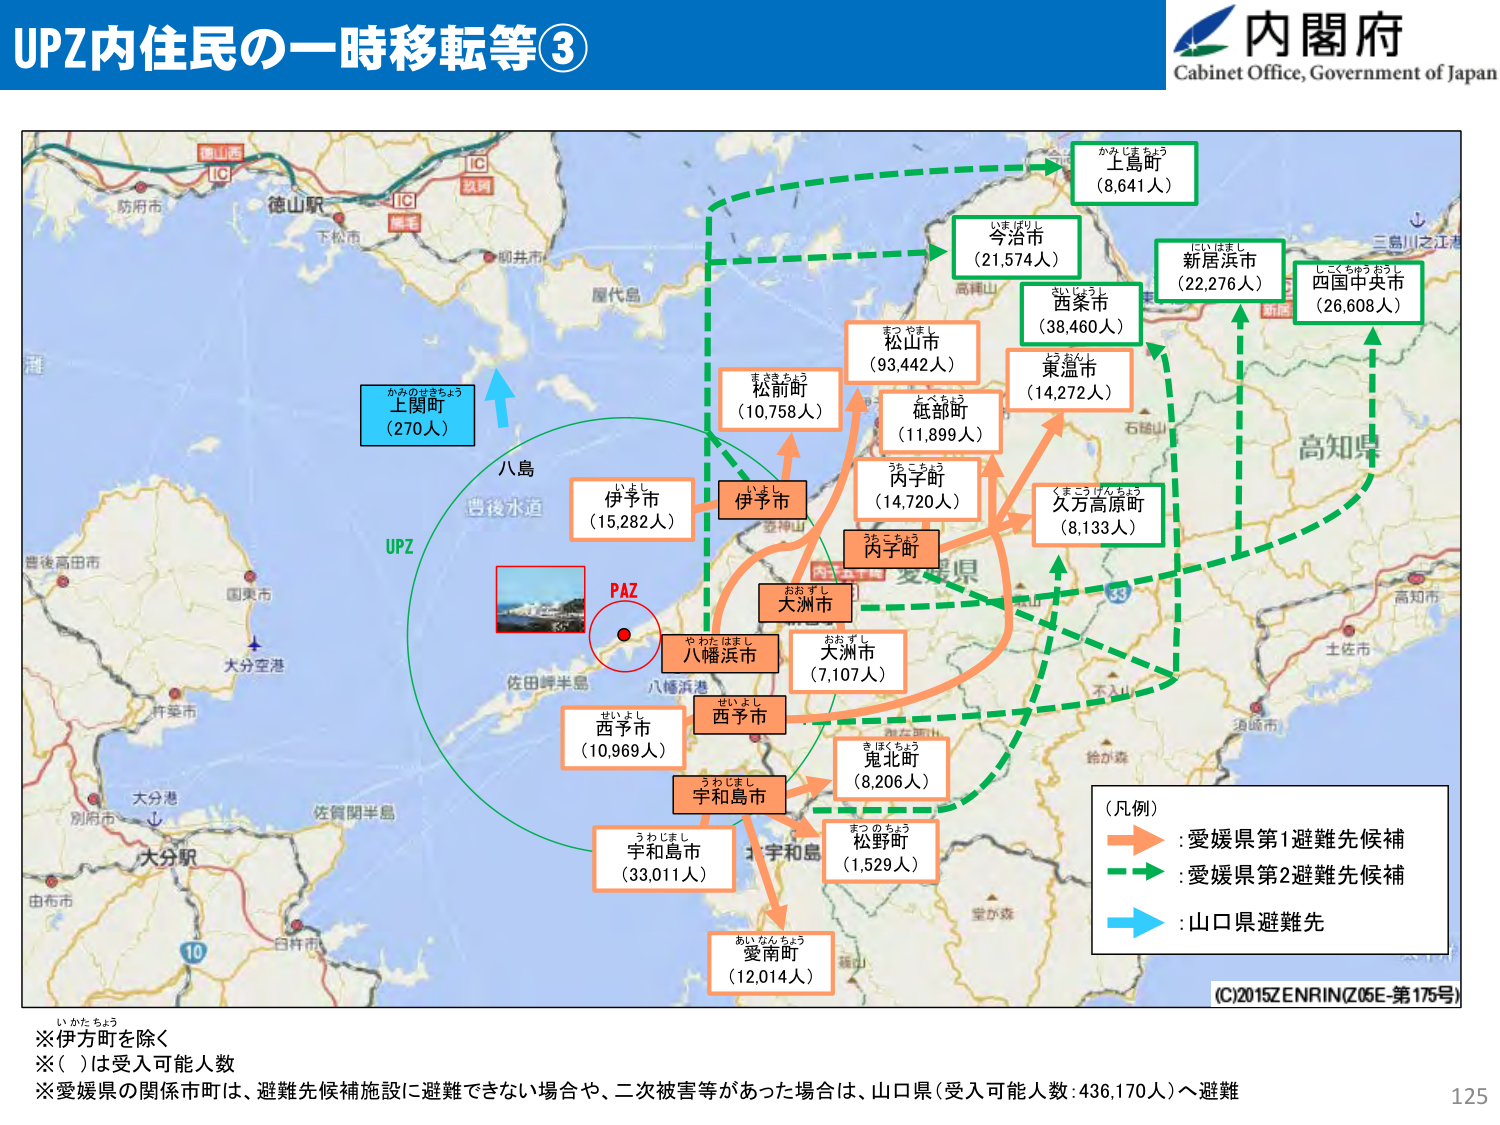
UPZ内住民の一時移転等③
内閣府
Cabinet Office, Government of Japan

かみじまちょう
上島町
（8,641人）

いまばりし
今治市
（21,574人）

にいはまし
新居浜市
（22,276人）

しこくちゅうおうし
四国中央市
（26,608人）

まつやまし
松山市
（93,442人）

ひがしむらし
東温市
（14,272人）

まきさちょう
松前町
（10,758人）

とくべつちょう
砥部町
（11,899人）

つちこちょう
丙子町
（14,720人）

くまごうけんちょう
久万高原町
（8,133人）

かみのせきちょう
上関町
（270人）

いよし
伊予市
（15,282人）

いよし
伊予市

おおずし
大洲市
（7,107人）

やわたはまし
八幡浜市

せいよし
西予市
（10,969人）

うわじまし
宇和島市
（33,011人）

きほくちょう
鬼北町
（8,206人）

まつのちょう
松野町
（1,529人）

あいなんちょう
愛南町
（12,014人）

PAZ

UPZ

八島
西後水道

佐田岬半島
八幡浜港

大分空港
大分港
大分駅
別府市
由布市
臼杵市
10

国東市
杵築市
佐賀関半島

高知県
土佐市
須崎市
給水森
室が森

不入山
石鎚山
高神山
高知市
三島川之江港

徳山駅
下松市
柳井市
屋代島
防府市
IC
IC
IC
新山港
玖珂
徳島

（凡例）
→ : 愛媛県第1避難先候補
→ : 愛媛県第2避難先候補
→ : 山口県避難先

(C)2015ZENRIN(Z05E-第175号)

※伊方町を除く
※（ ）は受入可能人数
※愛媛県の関係市町は、避難先候補施設に避難できない場合や、二次被害等があった場合は、山口県（受入可能人数：436,170人）へ避難

125
いかたちょう